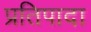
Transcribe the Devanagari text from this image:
प्रतिपादा